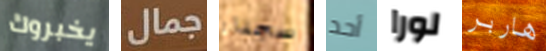
يخبروك جمال سجناء أحد لورا هاربر